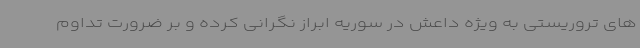
های تروریستی به ویژه داعش در سوریه ابراز نگرانی کرده و بر ضرورت تداوم